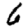
Digit: 6